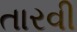
તારવી